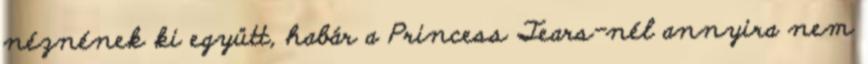
néznének ki együtt, habár a Princess Tears-nél annyira nem